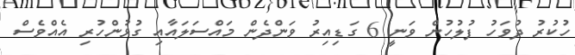
ހުކުރު ދުވަހު ފުލުހުން ވަނީ 6 ގަޑިއިރު ވަންދެން މައްސަލައާއި ގުޅުންހުރި އެއްވެސް